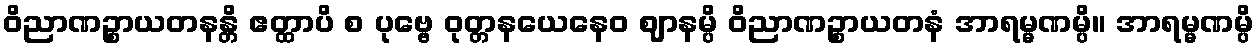
ဝိညာဏဉ္စာယတနန္တိ ဧတ္ထာပိ စ ပုဗ္ဗေ ဝုတ္တနယေနေဝ ဈာနမ္ပိ ဝိညာဏဉ္စာယတနံ အာရမ္မဏမ္ပိ။ အာရမ္မဏမ္ပိ